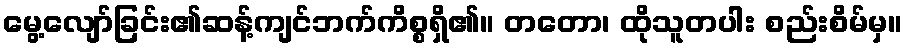
မွေ့လျော်ခြင်း၏ဆန့်ကျင်ဘက်ကိစ္စရှိ၏။ တတော၊ ထိုသူတပါး စည်းစိမ်မှ။